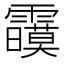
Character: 𲊍